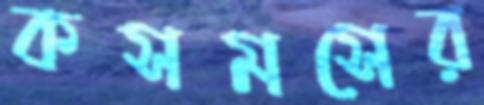
কসমসের